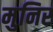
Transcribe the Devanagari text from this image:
मुनिर